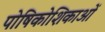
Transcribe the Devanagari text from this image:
पोषिकोशिकाओं